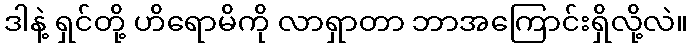
ဒါနဲ့ ရှင်တို့ ဟိရောမိကို လာရှာတာ ဘာအကြောင်းရှိလို့လဲ။